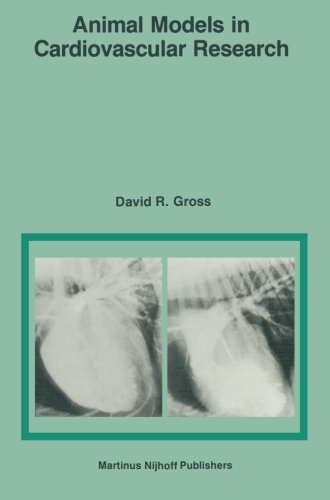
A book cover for Animal Models in Cardiovascular Research; D.R. Gross; Medical Books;